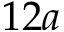
1 2 a